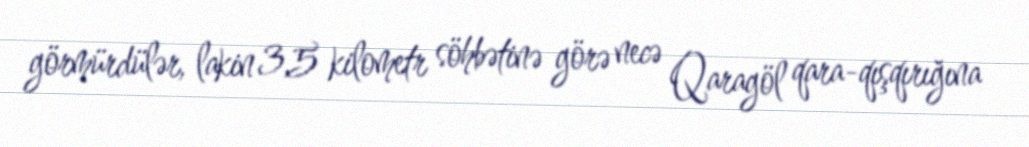
görmürdülər, lakin 3,5 kilometr söhbətinə görə necə Qaragöl qara-qışqırığına